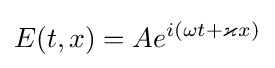
E(t,x)=Ae^{i(\omega t+\varkappa x)}